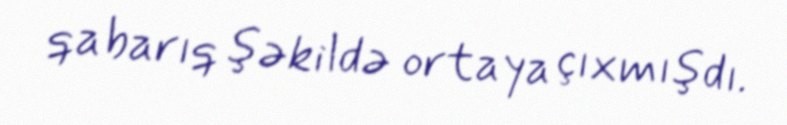
qabarıq şəkildə ortaya çıxmışdı.